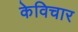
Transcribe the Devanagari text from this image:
केविचार